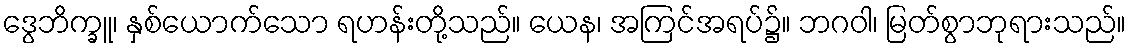
ဒွေဘိက္ခူ၊ နှစ်ယောက်သော ရဟန်းတို့သည်။ ယေန၊ အကြင်အရပ်၌။ ဘဂဝါ၊ မြတ်စွာဘုရားသည်။